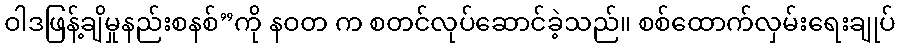
ဝါဒဖြန့်ချိမှုနည်းစနစ်”ကို နဝတ က စတင်လုပ်ဆောင်ခဲ့သည်။ စစ်ထောက်လှမ်းရေးချုပ်